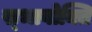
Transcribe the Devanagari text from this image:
स्भावोक्ति